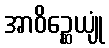
အာဝိဉ္ဆေယျုံ